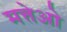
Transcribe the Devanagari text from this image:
मत्तेओ